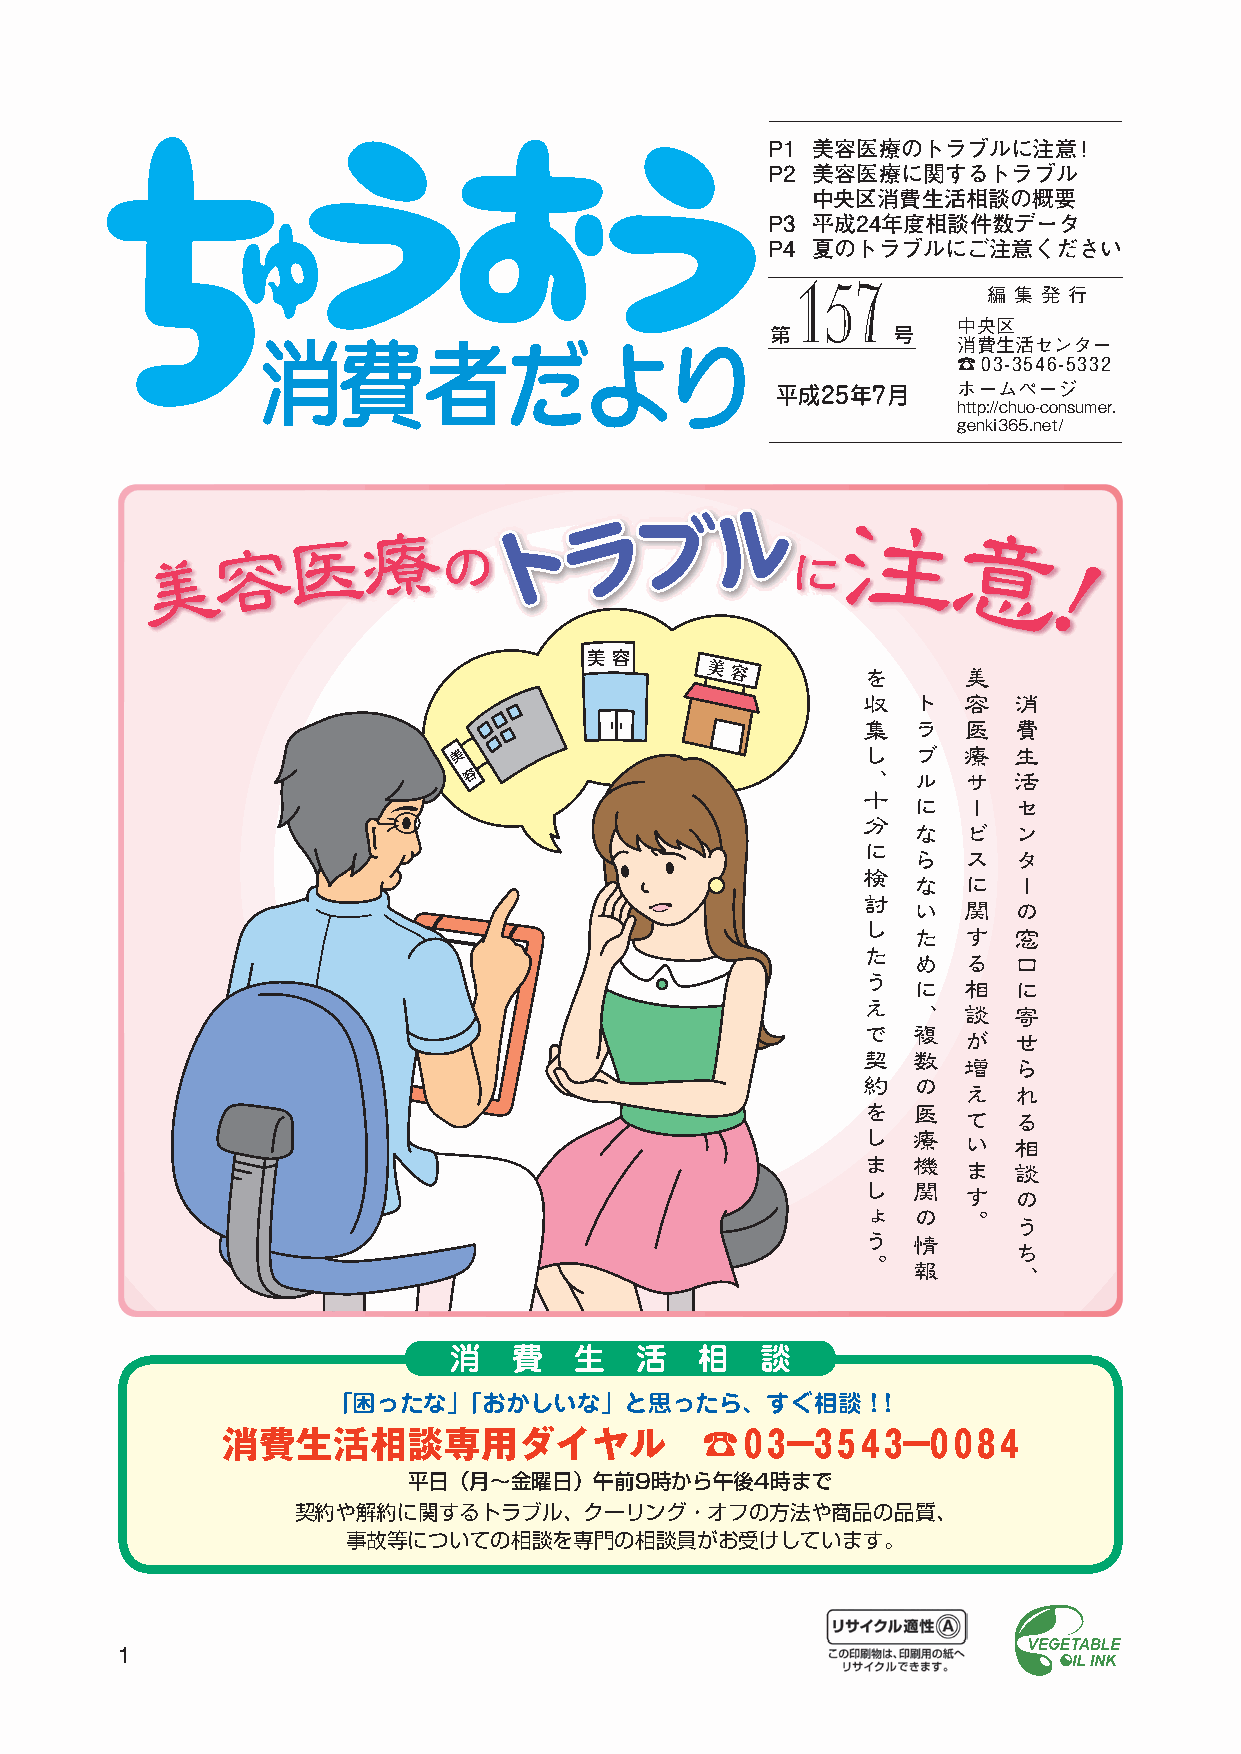
P1 美容医療のトラブルに注意！
 P2 美容医療に関するトラブル
 中央区消費生活相談の概要
 P3 平成24年度相談件数データ
 P4 夏のトラブルにご注意ください
 157         編 集 発 行
 中央区
 第       号
 消費生活センター
 ☎03-3546-5332
 平成25年7月     ホームページ
 http://chuo-consumer.
 genki365.net/
 容医療
 の    トト  ララブブ
 ルル     注
 意
 美                                         に
 ！
 美 容
 美 容       を      美
 収  ト   容  消
 集  ラ   医  費
 美                          し  ブ   療  生
 容                         、  ル   サ  活
 十
 に   ー  セ
 分
 な   ビ  ン
 に
 ら   ス  タ
 検
 な   に  ー
 討
 い   関  の
 し
 た   す  窓
 た
 め   る  口
 う
 に   相  に
 え
 、   談  寄
 で  複
 が  せ
 契  数
 増  ら
 約  の   え  れ
 を  医   て  る
 し  療   い  相
 ま  機   ま  談
 し  関   す  の
 ょ  の   。  う
 う  情
 ち
 。  報
 、
 消   費   生   活   相   談
 「困ったな」「おかしいな」と思ったら、すぐ相談！！
 消費生活相談専用ダイヤル                   ☎03−3543−0084
 平日（月〜金曜日）午前9時から午後4時まで
 契約や解約に関するトラブル、クーリング・オフの方法や商品の品質、
 事故等についての相談を専門の相談員がお受けしています。
 1